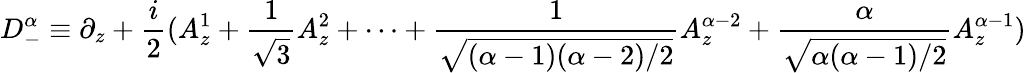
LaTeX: D_{-}^{\alpha}\equiv\partial_{z}+\frac{i}{2}(A_{z}^{1}+\frac{1}{\sqrt{3}}A_{z}^{2}+\cdots+\frac{1}{\sqrt{(\alpha-1)(\alpha-2)/2}}A_{z}^{\alpha-2}+\frac{\alpha}{\sqrt{\alpha(\alpha-1)/2}}A_{z}^{\alpha-1})